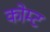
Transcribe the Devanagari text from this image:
कोम्ट